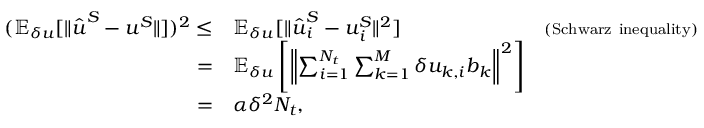
\begin{array} { r l r } { ( \mathbb { E } _ { \delta u } [ \| \hat { \boldsymbol { u } } ^ { S } - \boldsymbol { u } ^ { S } \| ] ) ^ { 2 } \le } & { \mathbb { E } _ { \delta u } [ \| \hat { \boldsymbol { u } } _ { i } ^ { S } - \boldsymbol { u } _ { i } ^ { S } \| ^ { 2 } ] } & { { \scriptstyle ( \mathrm { S c h w a r z ~ i n e q u a l i t y } ) } } \\ { = } & { \mathbb { E } _ { \delta u } \left[ \left\| \sum _ { i = 1 } ^ { N _ { t } } \sum _ { k = 1 } ^ { M } \delta u _ { k , i } \boldsymbol { b } _ { k } \right\| ^ { 2 } \right] } & \\ { = } & { \alpha \delta ^ { 2 } N _ { t } , } \end{array}